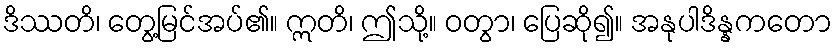
ဒိဿတိ၊ တွေ့မြင်အပ်၏။ ဣတိ၊ ဤသို့။ ဝတွာ၊ ပြေဆို၍။ အနုပါဒိန္နကတော